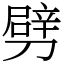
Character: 劈